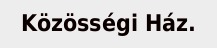
Közösségi Ház.